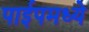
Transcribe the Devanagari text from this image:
पाईपमध्ये